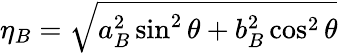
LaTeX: \eta_{B}=\sqrt{a_{B}^{2}\sin^{2}\theta+b_{B}^{2}\cos^{2}\theta}